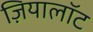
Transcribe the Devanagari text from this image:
ज़ियालॉट